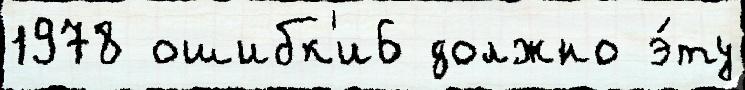
1978 ошибк'и6 должно э́ту